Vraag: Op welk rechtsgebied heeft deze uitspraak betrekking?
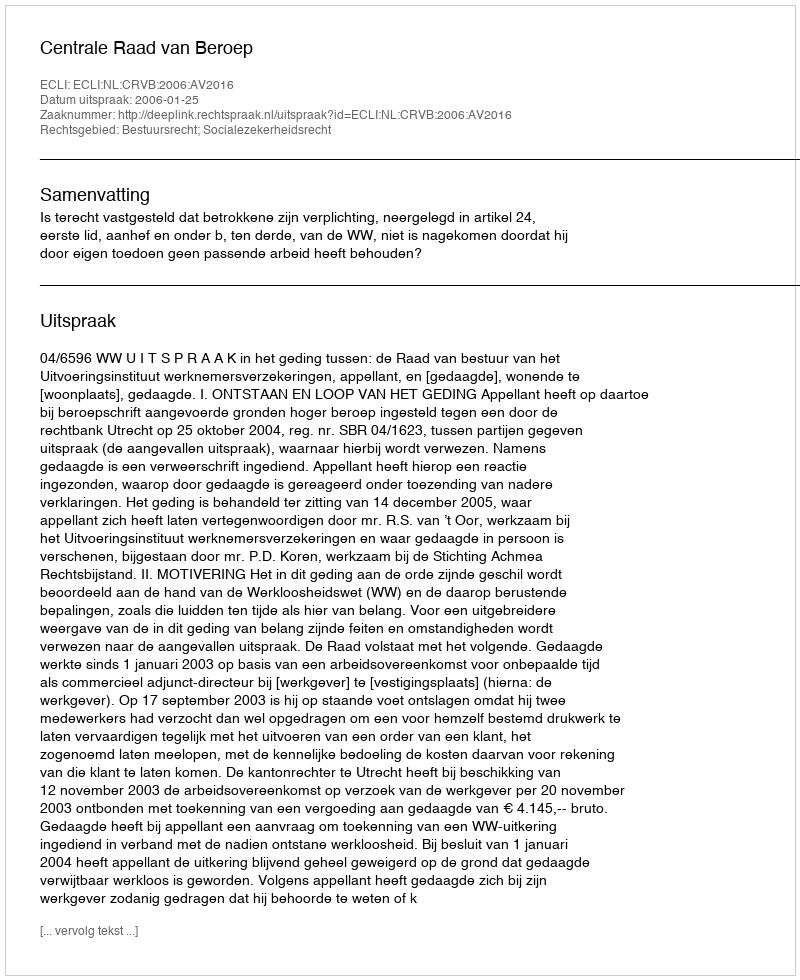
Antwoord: Bestuursrecht; Socialezekerheidsrecht